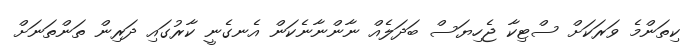
ކިތަންމެ ވަރަކަށް ސްޓިކާ ޖެހިޔަސް ބަދަލެއް ނާންނާނެކަން އެނގެނީ ކާރުގައި ދަރިން ތަންތަނަށް